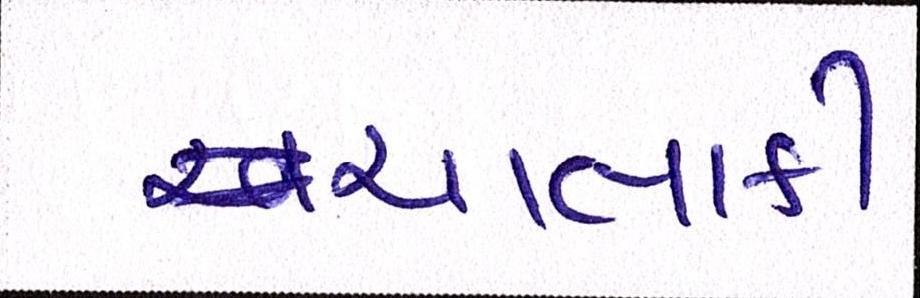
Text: ચાલાકી